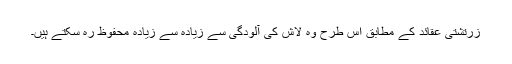
زرتشتی عقائد کے مطابق اس طرح وہ لاش کی آلودگی سے زیادہ سے زیادہ محفوظ رہ سکتے ہیں۔